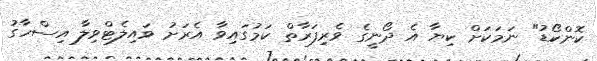
ކޮންކޯޑު" ނަމަކަށް ކިޔާ އެ ދޯނީގެ ވެރިފަރާތް ކަމުގައިވާ އެރަށު ވައިލެޓްވިލާ އިސްހާގު